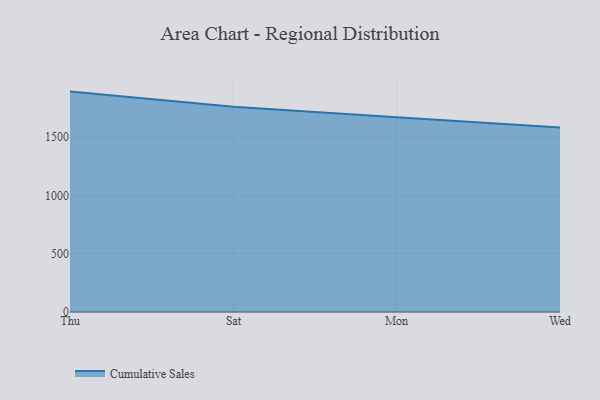
{"axis": {"x": "Day", "y": "Net Income (USD K)"}, "legend": ["Cumulative Sales"], "data": [{"x": "Thu", "y": 1889.1, "type": "Cumulative Sales"}, {"x": "Sat", "y": 1760.3, "type": "Cumulative Sales"}, {"x": "Mon", "y": 1669.4, "type": "Cumulative Sales"}, {"x": "Wed", "y": 1582.3, "type": "Cumulative Sales"}]}